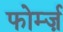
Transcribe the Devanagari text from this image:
फोर्म्ज़